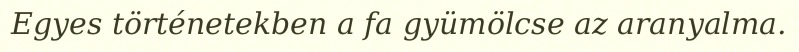
Egyes történetekben a fa gyümölcse az aranyalma.